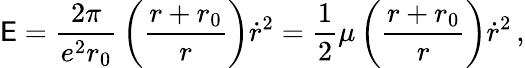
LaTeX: \mathsf{E}={\frac{{2\pi}}{{e^{2}r_{0}}}}\left({\frac{{r+r_{0}}}{{r}}}\right)\dot{{r}}^{2}={\frac{{1}}{{2}}}\mu\left({\frac{{r+r_{0}}}{{r}}}\right)\dot{{r}}^{2}\, ,